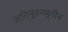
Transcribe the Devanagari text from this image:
अतिनूतनयुगीन